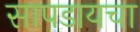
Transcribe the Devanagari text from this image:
सापडायचा